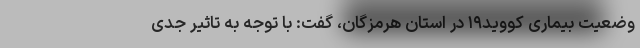
وضعیت بیماری کووید۱۹ در استان هرمزگان، گفت: با توجه به تاثیر جدی